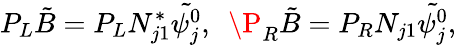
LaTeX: P_{L}\tilde{B}=P_{L}{N}_{j1}^{*}\tilde{\psi_{j}^{0}},\ \ \P_{R}\tilde{B}=P_{R}{N}_{j1}\tilde{\psi_{j}^{0}},